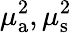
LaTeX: \mu_{{\mathrm a}}^{2},\mu_{\mathrm{s}}^{2}